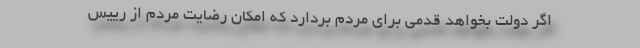
اگر دولت بخواهد قدمی برای مردم بردارد که امکان رضایت مردم از رییس